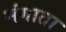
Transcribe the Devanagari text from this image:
मंगाता